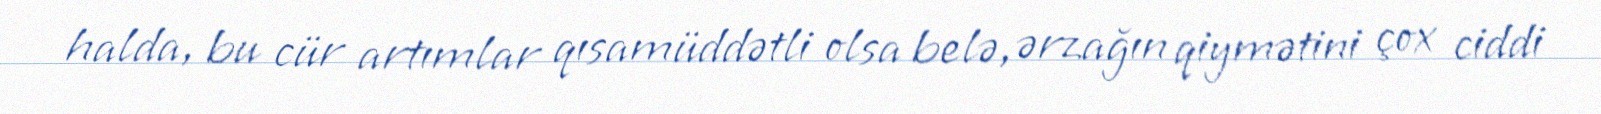
halda, bu cür artımlar qısamüddətli olsa belə, ərzağın qiymətini çox ciddi